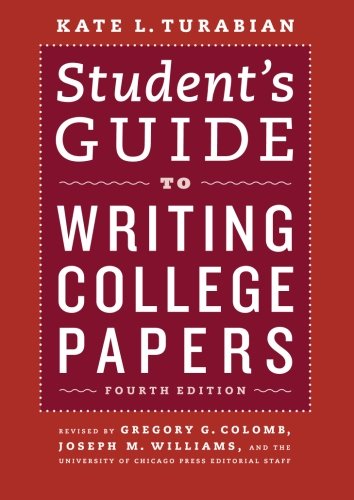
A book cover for Student's Guide to Writing College Papers: Fourth Edition (Chicago Guides to Writing, Editing, and Publishing); Kate L. Turabian; Reference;